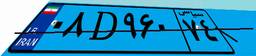
۷۴D۳۲۲۹۳